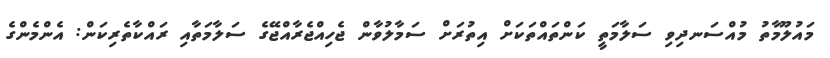
މައުލޫމާތު މުއްސަނދިވި ސަލާމަތީ ކަންތައްތަކަށް އިތުރަށް ސަމާލުވާން ޖެހިއްޖެރާއްޖޭގެ ސަލާމަތާއި ރައްކާތެރިކަން: އެންމެންގެ